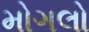
મોગલો